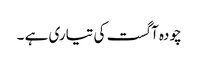
چودہ آگست کی تیاری ہے ۔